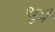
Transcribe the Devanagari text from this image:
थुप्रै